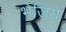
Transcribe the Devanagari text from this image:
भेजिये